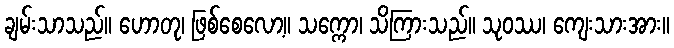
ချမ်းသာသည်။ ဟောတု၊ ဖြစ်စေလော့။ သက္ကော၊ သိကြားသည်။ သုဝဿ၊ ကျေးသားအား။